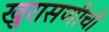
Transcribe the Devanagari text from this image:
खुरासणीची